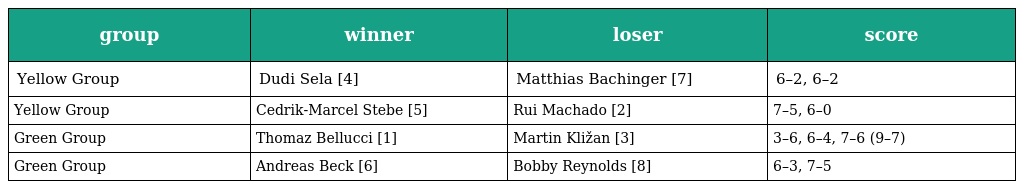
| group | winner | loser | score |
 | --- | --- | --- | --- |
 | Yellow Group | Dudi Sela [4] | Matthias Bachinger [7] | 6–2, 6–2 |
 | Yellow Group | Cedrik-Marcel Stebe [5] | Rui Machado [2] | 7–5, 6–0 |
 | Green Group | Thomaz Bellucci [1] | Martin Kližan [3] | 3–6, 6–4, 7–6 (9–7) |
 | Green Group | Andreas Beck [6] | Bobby Reynolds [8] | 6–3, 7–5 |